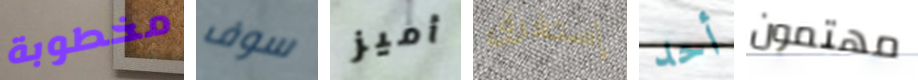
مخطوبة سوف أميز إستغرق أحد مهتمون